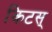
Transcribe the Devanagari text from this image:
किटस्